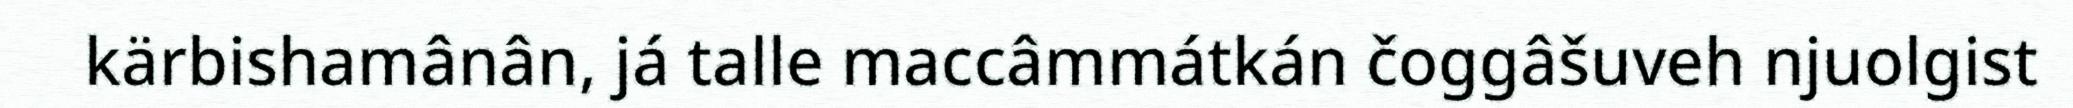
kärbishamânân, já talle maccâmmátkán čoggâšuveh njuolgist